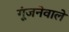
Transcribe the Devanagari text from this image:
गूंजनेवाले